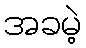
အခမဲ့